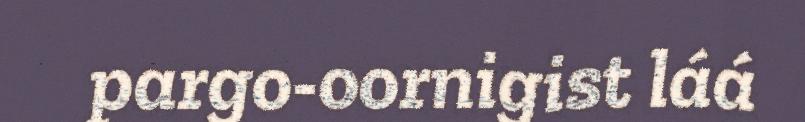
pargo-oornigist láá